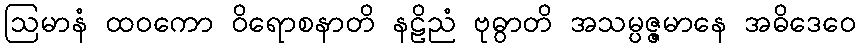
ဩမာနံ ထဝကော ဝိရောစနာတိ နဠိညံ ဗုဓွာတိ အသမ္ပဇ္ဇမာနေ အဓိဒေဝေ